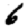
Digit: 6